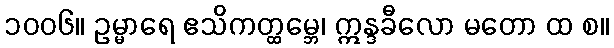
၁၀၀၆။ ဥမ္မာရေ ဧသိကတ္ထမ္ဘေ၊ ဣန္ဒခီလော မတော ထ စ။